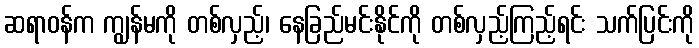
ဆရာဝန်က ကျွန်မကို တစ်လှည့်၊ နေခြည်မင်းနိုင်ကို တစ်လှည့်ကြည့်ရင်း သက်ပြင်းကို